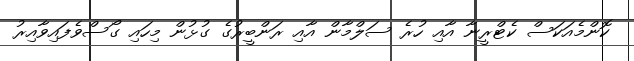
ކޮންމެއަކަސް ކެޓްރީނާ އާއި ހުރެ ސަލްމާން އާއި ރަންބީރުގެ ގުޅުން މިހައި ގޯސްވެފައިވާއިރު